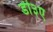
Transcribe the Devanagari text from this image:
डी३ए